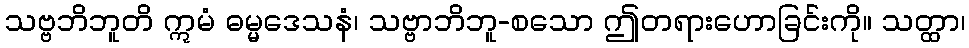
သဗ္ဗဘိဘူတိ ဣမံ ဓမ္မဒေသနံ၊ သဗ္ဗာဘိဘူ-စသော ဤတရားဟောခြင်းကို။ သတ္ထာ၊